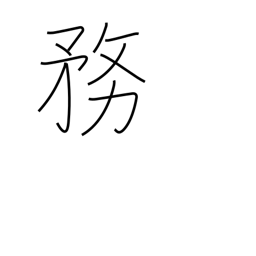
Meaning: duties